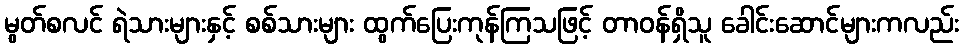
မွတ်စလင် ရဲသားများနှင့် စစ်သားများ ထွက်ပြေးကုန်ကြသဖြင့် တာဝန်ရှိသူ ခေါင်းဆောင်များကလည်း